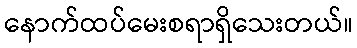
နောက်ထပ်မေးစရာရှိသေးတယ်။